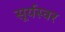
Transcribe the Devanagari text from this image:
सूर्यस्वर